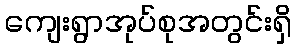
ကျေးရွာအုပ်စုအတွင်းရှိ